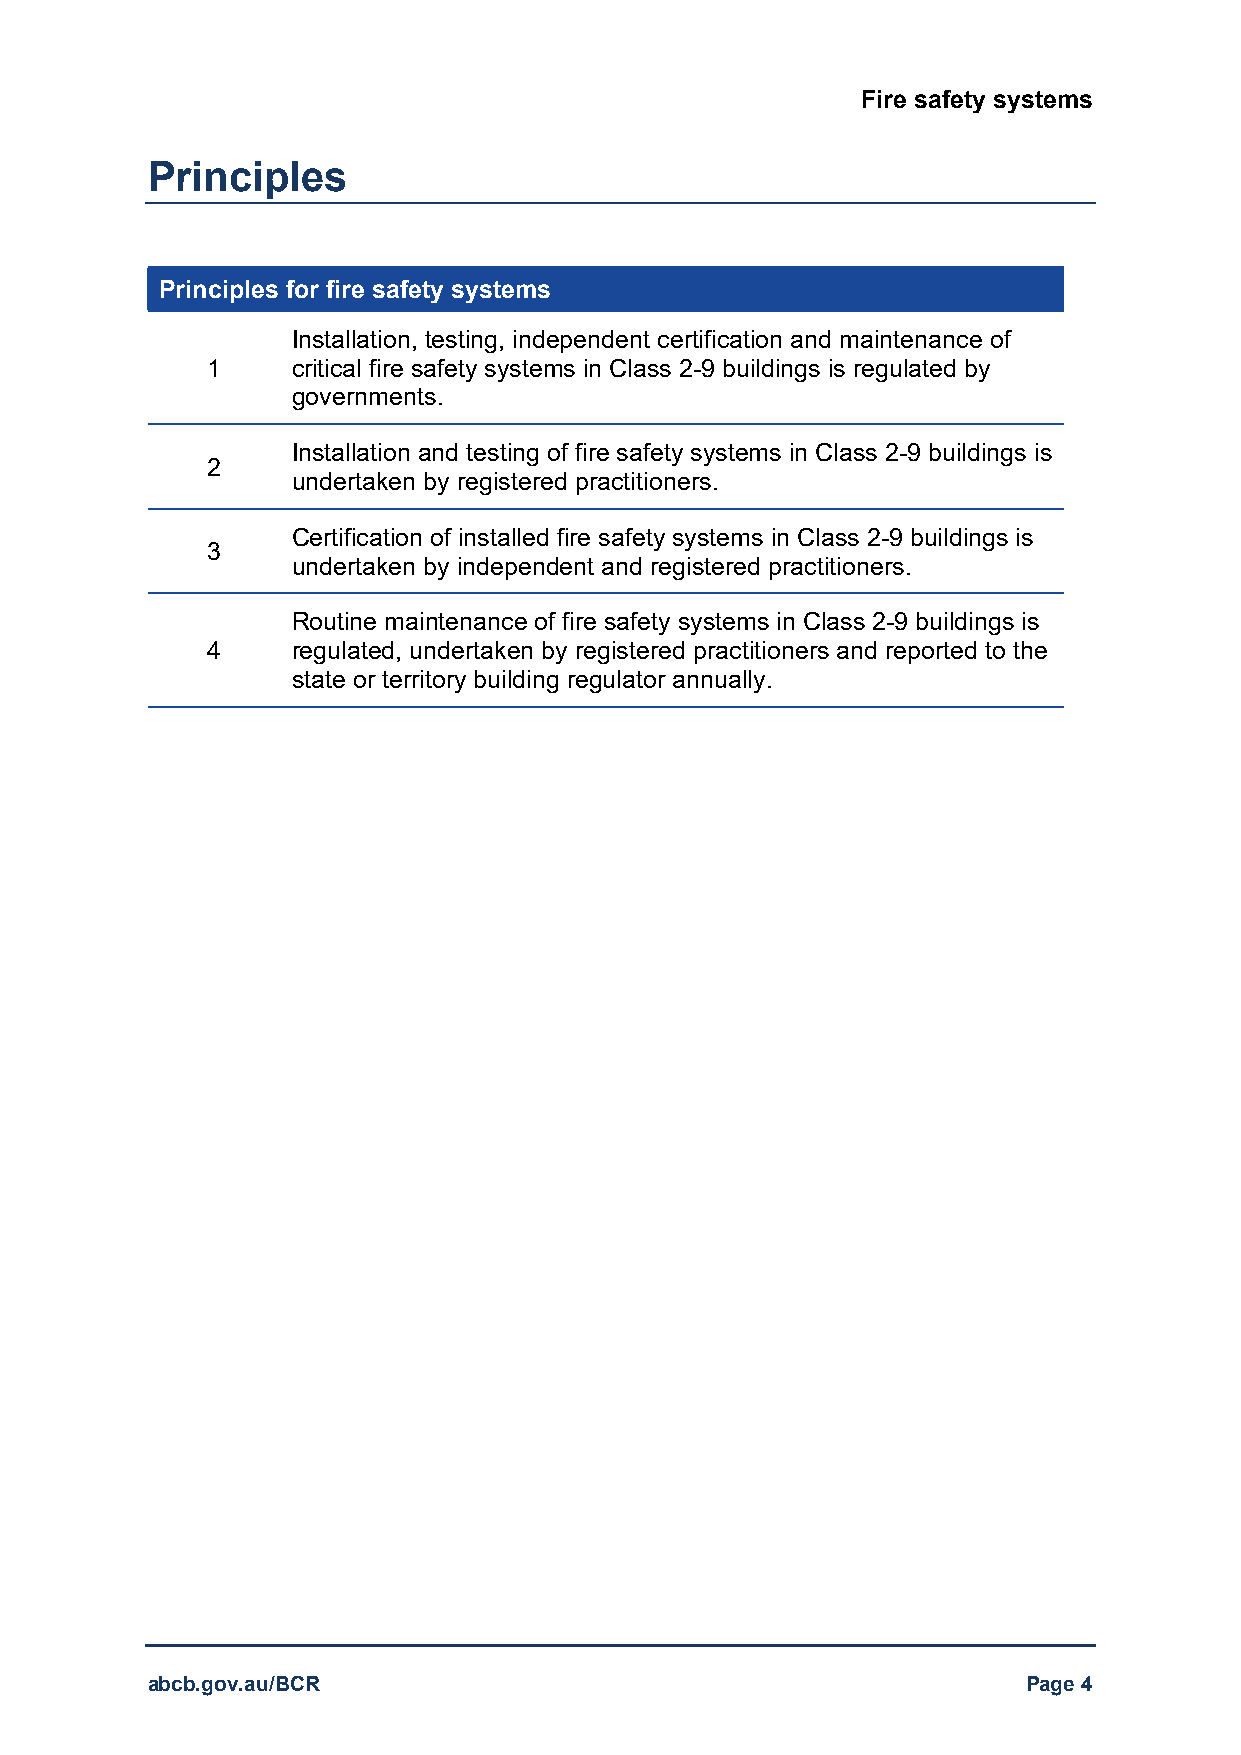
Fire safety systems
 Principles
 Principles for fire safety systems
 Installation, testing, independent certification and maintenance of
 1    critical fire safety systems in Class 2-9 buildings is regulated by
 governments.
 Installation and testing of fire safety systems in Class 2-9 buildings is
 2
 undertaken by registered practitioners.
 Certification of installed fire safety systems in Class 2-9 buildings is
 3
 undertaken by independent and registered practitioners.
 Routine maintenance of fire safety systems in Class 2-9 buildings is
 4    regulated, undertaken by registered practitioners and reported to the
 state or territory building regulator annually.
 abcb.gov.au/BCR                                           Page 4